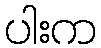
ပါးက